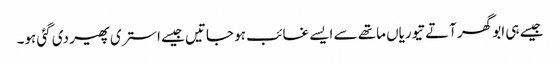
جیسے ہی ابو گھر آتے تیوریاں ماتھے سے ایسے غائب ہو جاتیں جیسے استری پھیر دی گئی ہو۔